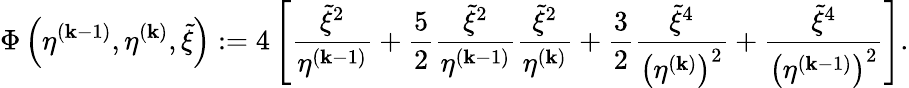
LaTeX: \Phi\left(\eta^{(\mathbf{k}-1)},\eta^{(\mathbf{k})},\tilde{{\xi}}\right):=4\left[\frac{{\tilde{{\xi}}^{2}}}{{\eta^{(\mathbf{k}-1)}}}+\frac{{5}}{{2}}\frac{{\tilde{{\xi}}^{2}}}{{\eta^{(\mathbf{k}-1)}}}\frac{{\tilde{{\xi}}^{2}}}{{\eta^{(\mathbf{k})}}}+\frac{{3}}{{2}}\frac{{\tilde{{\xi}}^{4}}}{{\left(\eta^{(\mathbf{k})}\right)^{2}}}+\frac{{\tilde{{\xi}}^{4}}}{{\left(\eta^{(\mathbf{k}-1)}\right)^{2}}}\right].